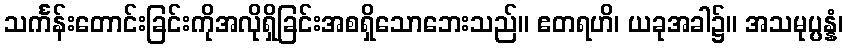
သင်္ကန်းတောင်းခြင်းကိုအလိုရှိခြင်းအစရှိသောဘေးသည်။ ဧတရဟိ၊ ယခုအခါ၌။ အသမုပ္ပန္နံ၊